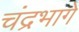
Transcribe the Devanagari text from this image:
चंद्रभागे